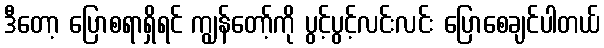
ဒီတော့ ပြောစရာရှိရင် ကျွန်တော့်ကို ပွင့်ပွင့်လင်းလင်း ပြောစေချင်ပါတယ်